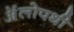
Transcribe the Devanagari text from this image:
ॲलोपथी